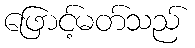
ဖြောင့်မတ်သည်